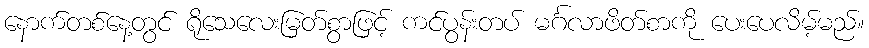
နောက်တစ်နေ့တွင် ရိုသေလေးမြတ်စွာဖြင့် ကင်ပွန်းတပ် မင်္ဂလာဖိတ်စာကို ပေးပေလိမ့်မည်။